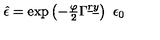
\hat { \epsilon } = \exp \left( - \textstyle { \frac { \varphi } { 2 } } \Gamma ^ { \underline { { r } } \underline { { y } } } \right) \ \epsilon _ { 0 }